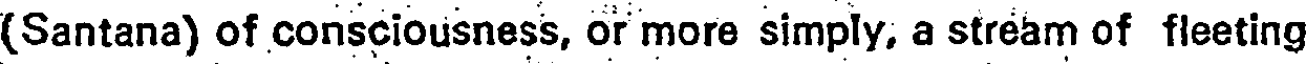
(Santana) of consciousness, or more simply, a stream of fleeting